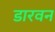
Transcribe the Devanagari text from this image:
डारवन